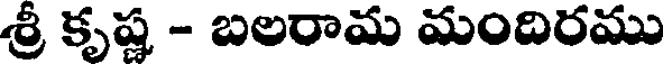
శ్రీ కృష్ణ - బలరామ మందిరము